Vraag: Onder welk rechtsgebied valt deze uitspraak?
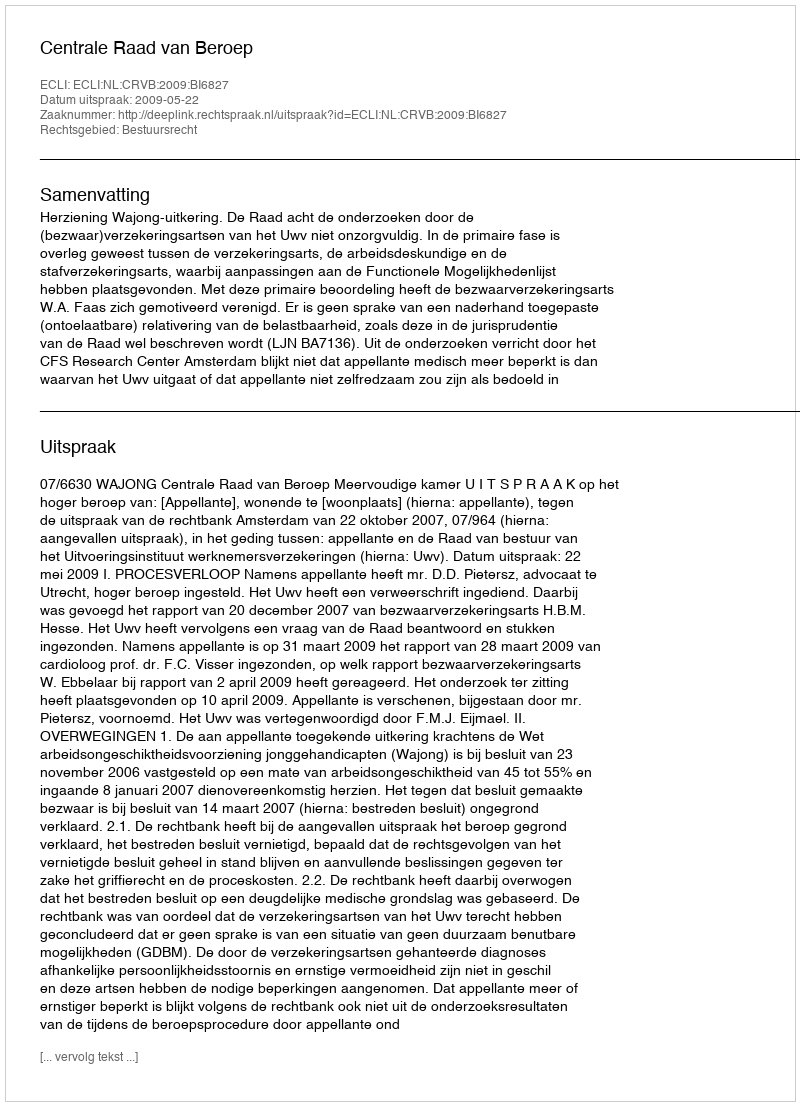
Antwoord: Bestuursrecht